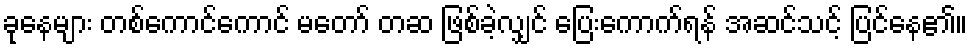
ခုနေများ တစ်ကောင်ကောင် မတော် တဆ ဖြစ်ခဲ့လျှင် ပြေးကောက်ရန် အဆင်သင့် ပြင်နေ၏။